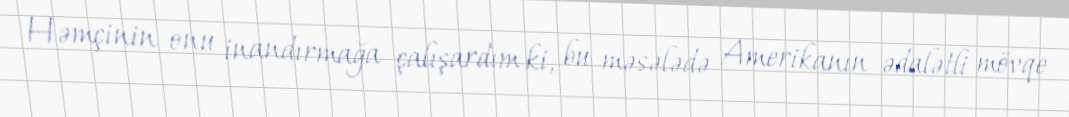
Həmçinin onu inandırmağa çalışardım ki, bu məsələdə Amerikanın ədalətli mövqe